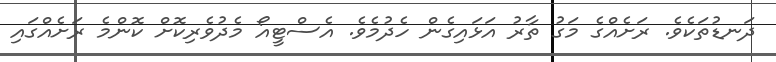
ދަނޑުތަކެވެ. ރަށެއްގެ މަގު ތާރު އަޅައިގެން ހެދުމެވެ. އެސްޓީއޯ މެދުވެރިކޮށް ކޮންމެ ރަށެއްގައި